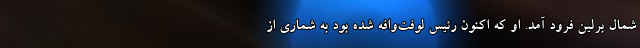
شمال برلین فرود آمد. او که اکنون رئیس لوفت‌وافه شده بود به شماری از